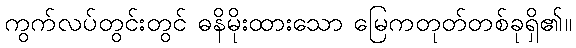
ကွက်လပ်တွင်းတွင် ဓနိမိုးထားသော မြေကတုတ်တစ်ခုရှိ၏။